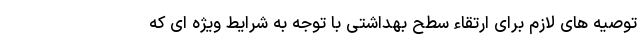
توصیه های لازم برای ارتقاء سطح بهداشتی با توجه به شرایط ویژه ای که